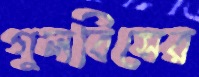
গুলবিসের